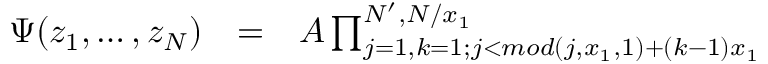
\begin{array} { l l l } { \Psi ( z _ { 1 } , \dots , z _ { N } ) } & { = } & { { \cal { A } } \prod _ { j = 1 , k = 1 ; j < m o d ( j , x _ { 1 } , 1 ) + ( k - 1 ) x _ { 1 } } ^ { N ^ { \prime } , N / x _ { 1 } } } \end{array}